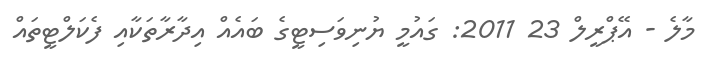
މާލެ - އޭޕްރީލް 23 2011: ގައުމީ ޔުނިވަސިޓީގެ ބައެއް އިދާރާތަކާއި ފެކަލްޓީތައް